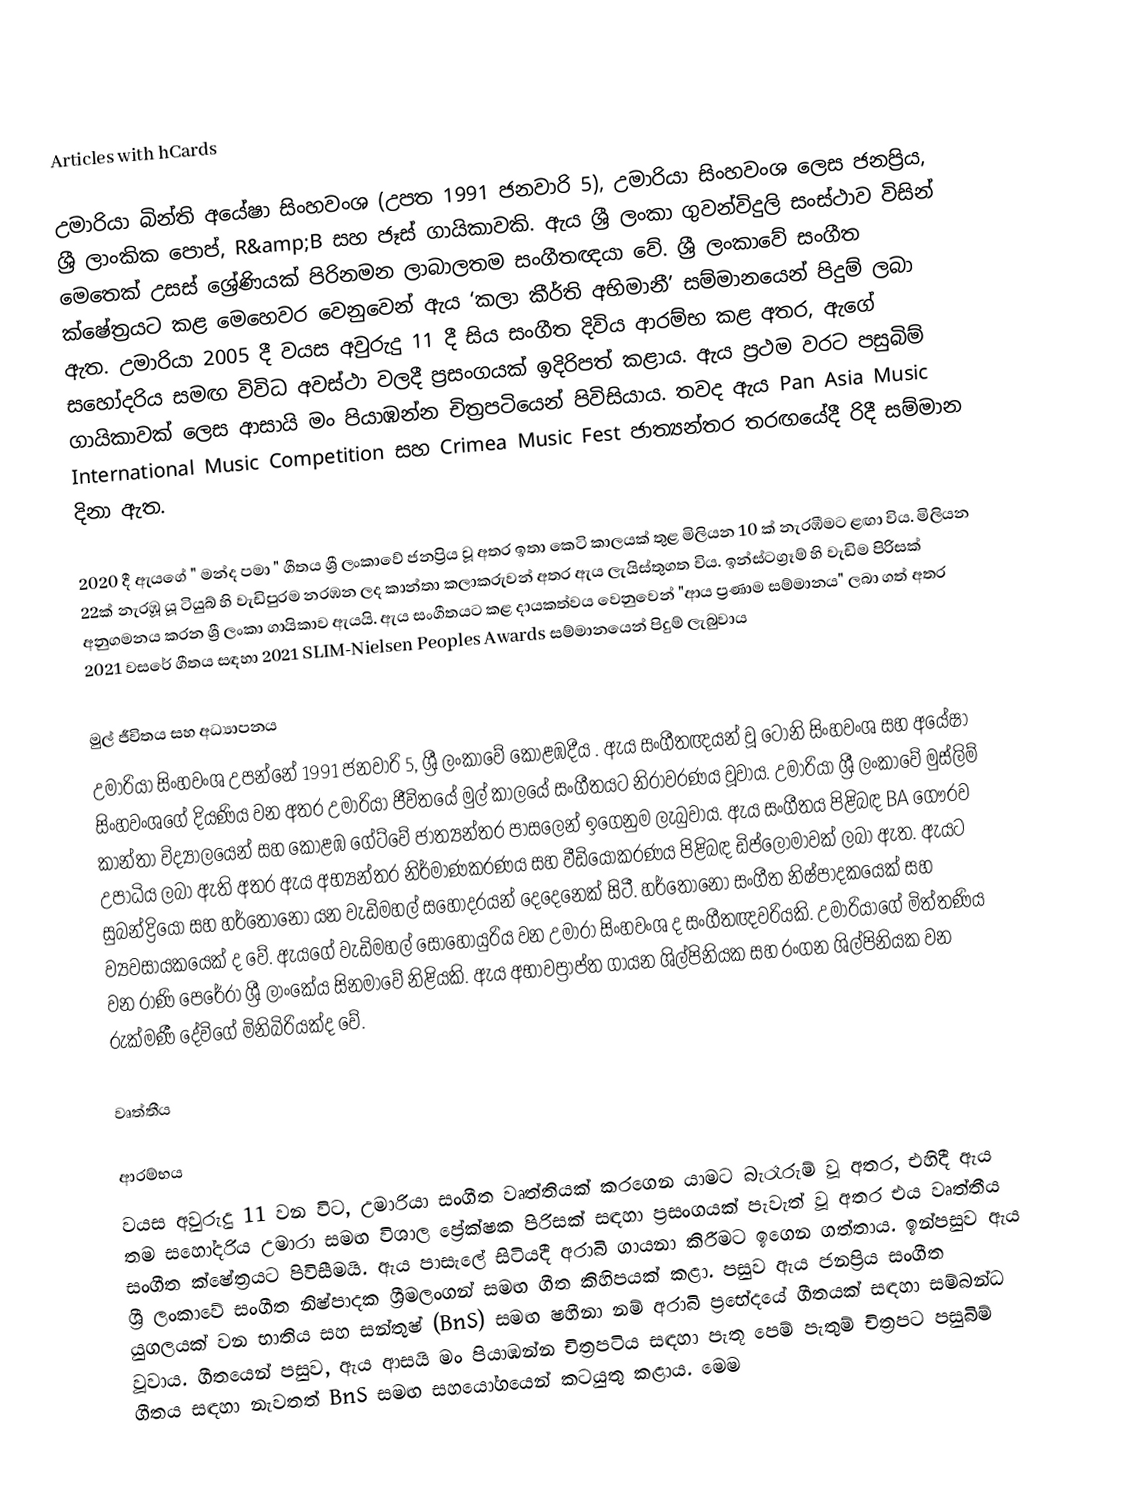
Articles with hCards

උමාරියා බින්ති අයේෂා සිංහවංශ (උපත 1991 ජනවාරි 5), උමාරියා සිංහවංශ ලෙස ජනප්‍රිය, ශ්‍රී ලාංකික පොප්, R&amp;B සහ ජෑස් ගායිකාවකි. ඇය ශ්‍රී ලංකා ගුවන්විදුලි සංස්ථාව විසින් මෙතෙක් උසස් ශ්‍රේණියක් පිරිනමන ලාබාලතම සංගීතඥයා වේ. ශ්‍රී ලංකාවේ සංගීත ක්ෂේත්‍රයට කළ මෙහෙවර වෙනුවෙන් ඇය ‘කලා කීර්ති අභිමානී’ සම්මානයෙන් පිදුම් ලබා ඇත.   උමාරියා 2005 දී වයස අවුරුදු 11 දී සිය සංගීත දිවිය ආරම්භ කළ අතර, ඇගේ සහෝදරිය සමඟ විවිධ අවස්ථා වලදී ප්‍රසංගයක් ඉදිරිපත් කළාය. ඇය ප්‍රථම වරට පසුබිම් ගායිකාවක් ලෙස ආසායි මං පියාඹන්න චිත්‍රපටියෙන් පිවිසියාය. තවද ඇය Pan Asia Music International Music Competition සහ Crimea Music Fest ජාත්‍යන්තර තරඟයේදී රිදී සම්මාන දිනා ඇත.

2020 දී ඇයගේ " මන්ද පමා " ගීතය ශ්‍රී ලංකාවේ ජනප්‍රිය වූ අතර ඉතා කෙටි කාලයක් තුළ මිලියන 10 ක් නැරඹීමට ළඟා විය. මිලියන 22ක් නැරඹූ යූ ටියුබ් හි වැඩිපුරම නරඹන ලද කාන්තා කලාකරුවන් අතර ඇය ලැයිස්තුගත විය.  ඉන්ස්ටග්‍රෑම් හි වැඩිම පිරිසක් අනුගමනය කරන ශ්‍රී ලංකා ගායිකාව ඇයයි. ඇය සංගීතයට කළ දායකත්වය වෙනුවෙන් "ආය ප්‍රණාම සම්මානය" ලබා ගත් අතර 2021 වසරේ ගීතය සඳහා 2021 SLIM-Nielsen Peoples Awards සම්මානයෙන් පිදුම් ලැබුවාය

මුල් ජීවිතය සහ අධ්‍යාපනය
උමාරියා සිංහවංශ උපන්නේ 1991 ජනවාරි 5, ශ්‍රී ලංකාවේ කොළඹදීය . ඇය සංගීතඥයන් වූ ටෝනි සිංහවංශ සහ අයේෂා සිංහවංශගේ දියණිය වන අතර උමාරියා ජීවිතයේ මුල් කාලයේ සංගීතයට නිරාවරණය වූවාය.  උමාරියා ශ්‍රී ලංකාවේ මුස්ලිම් කාන්තා විද්‍යාලයෙන් සහ කොළඹ ගේට්වේ ජාත්‍යන්තර පාසලෙන් ඉගෙනුම ලැබුවාය. ඇය සංගීතය පිළිබඳ BA ගෞරව උපාධිය ලබා ඇති අතර ඇය අභ්‍යන්තර නිර්මාණකරණය සහ වීඩියෝකරණය පිළිබඳ ඩිප්ලෝමාවක් ලබා ඇත.  ඇයට සුබන්ද්‍රියෝ සහ හර්තෝනෝ යන වැඩිමහල් සහෝදරයන් දෙදෙනෙක් සිටී. හර්තෝනෝ සංගීත නිෂ්පාදකයෙක් සහ ව්‍යවසායකයෙක් ද වේ. ඇයගේ වැඩිමහල් සොහොයුරිය වන උමාරා සිංහවංශ ද සංගීතඥවරියකි. උමාරියාගේ මිත්තණිය වන රාණි පෙරේරා ශ්‍රී ලාංකේය සිනමාවේ නිළියකි. ඇය අභාවප්‍රාප්ත ගායන ශිල්පිනියක සහ රංගන ශිල්පිනියක වන රුක්මණී දේවිගේ මිනිබිරියක්ද වේ.

වෘත්තීය

ආරම්භය
වයස අවුරුදු 11 වන විට, උමාරියා සංගීත වෘත්තියක් කරගෙන යාමට බැරෑරුම් වූ අතර, එහිදී ඇය තම සහෝදරිය උමාරා සමඟ විශාල ප්‍රේක්ෂක පිරිසක් සඳහා ප්‍රසංගයක් පැවැත් වූ අතර එය වෘත්තීය සංගීත ක්ෂේත්‍රයට පිවිසීමයි.  ඇය පාසැලේ සිටියදී අරාබි ගායනා කිරීමට ඉගෙන ගත්තාය. ඉන්පසුව ඇය ශ්‍රී ලංකාවේ සංගීත නිෂ්පාදක ශ්‍රීමලංගන් සමඟ ගීත කිහිපයක් කළා. පසුව ඇය ජනප්‍රිය සංගීත යුගලයක් වන භාතිය සහ සන්තුෂ් (BnS) සමඟ ෂහීනා නම් අරාබි ප්‍රභේදයේ ගීතයක් සඳහා සම්බන්ධ වූවාය.  ගීතයෙන් පසුව, ඇය ආසයි මං පියාඹන්න චිත්‍රපටිය සඳහා පැතූ පෙම් පැතුම් චිත්‍රපට පසුබිම් ගීතය සඳහා නැවතත් BnS සමඟ සහයෝගයෙන් කටයුතු කළාය.  මෙම